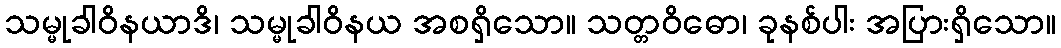
သမ္မုခါဝိနယာဒိ၊ သမ္မုခါဝိနယ အစရှိသော။ သတ္တဝိဓော၊ ခုနစ်ပါး အပြားရှိသော။